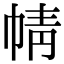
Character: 𢃢